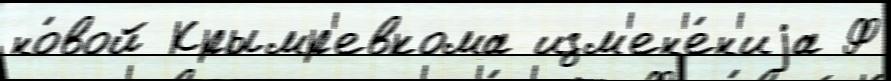
но́вой Крымр'евкома изм'ен'е́н'иjа Ф